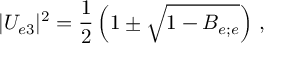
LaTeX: | U _ { e 3 } | ^ { 2 } = \frac { 1 } { 2 } \left( 1 \pm \sqrt { 1 - B _ { e ; e } } \right) \, ,